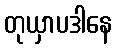
တုယှာပဒါနေ